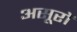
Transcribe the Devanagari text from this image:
असूरों